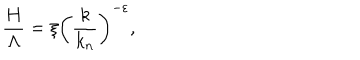
{ \frac { H } { \Lambda } } = \xi \left( { \frac { k } { k _ { n } } } \right) ^ { - \varepsilon } ,